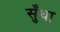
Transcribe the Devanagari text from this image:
सुँधा